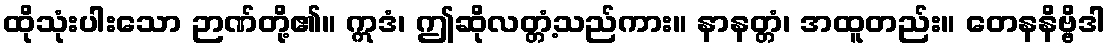
ထိုသုံးပါးသော ဉာဏ်တို့၏။ ဣဒံ၊ ဤဆိုလတ္တံ့သည်ကား။ နာနတ္တံ၊ အထူတည်း။ တေနနိဗ္ဗိဒါ